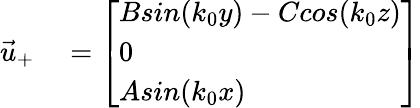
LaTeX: \begin{array}{rl}{\vec{u}_{+}}&{{}=\left[\begin{array}{l}{Bsin(k_{0}y)-Ccos(k_{0}z)}\\ {0}\\ {Asin(k_{0}x)}\end{array}\right]}\end{array}